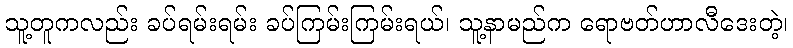
သူ့တူကလည်း ခပ်ရမ်းရမ်း ခပ်ကြမ်းကြမ်းရယ်၊ သူ့နာမည်က ရောဗတ်ဟာလီဒေးတဲ့၊